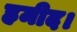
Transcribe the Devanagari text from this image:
हमीद।